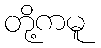
တို့ကမူ